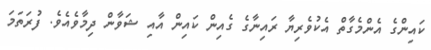
ކައިންގެ އެންމެގާތް އެކުވެރިޔާ ރައިނާގެ ގެއިން ކައިން އާއި ޝަވާން ދިމާވެއެވެ. ފުރަތަމަ